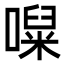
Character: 㘀